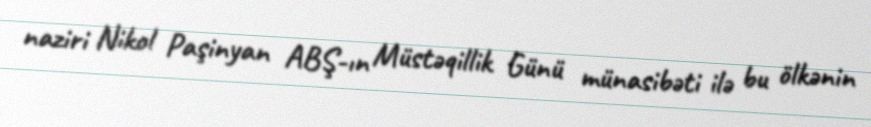
naziri Nikol Paşinyan ABŞ-ın Müstəqillik Günü münasibəti ilə bu ölkənin